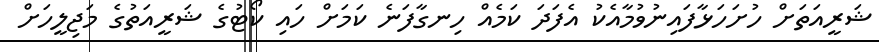
ޝަރީއަތަށް ހުށަހަޅާފައިނުވުމާއެކު އެފަދަ ކަމެއް ހިނގާފަނެ ކަމަށް ހައި ކޯޓުގެ ޝަރީއަތުގެ މަޖިލީހަށް